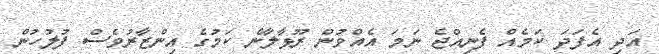
އަދި އެފަދަ ކަމެއް ފެނިއްޖެ ނަމަ އެއްވުން ރޫޅާލާނެ ކަމުގެ އިންޒާރުވެސް ފުލުހުން